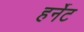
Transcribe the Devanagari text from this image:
हर्नेट